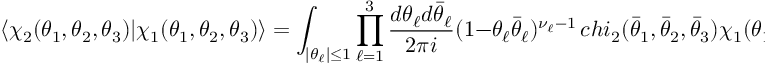
\langle \chi _ { 2 } ( \theta _ { 1 } , \theta _ { 2 } , \theta _ { 3 } ) | \chi _ { 1 } ( \theta _ { 1 } , \theta _ { 2 } , \theta _ { 3 } ) \rangle = \int _ { | \theta _ { \ell } | \leq 1 } \prod _ { \ell = 1 } ^ { 3 } \frac { d \theta _ { \ell } d \bar { \theta } _ { \ell } } { 2 \pi i } ( 1 - \theta _ { \ell } \bar { \theta } _ { \ell } ) ^ { \nu _ { \ell } - 1 } \, c h i _ { 2 } ( \bar { \theta } _ { 1 } , \bar { \theta } _ { 2 } , \bar { \theta } _ { 3 } ) \chi _ { 1 } ( \theta _ { 1 } , \theta _ { 2 } , \theta _ { 3 } ) .